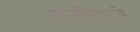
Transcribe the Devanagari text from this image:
राष्ट्रपित्याचे